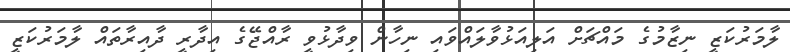
ލާމަރުކަޒީ ނިޒާމުގެ މައްޗަށް އަލިއަޅުވާލައްވައި ނިހާން ވިދާޅުވީ ރާއްޖޭގެ އިދާރީ ދާއިރާތައް ލާމަރުކަޒީ